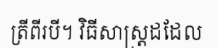
ត្រីពីរបី។ វិធីសាស្ត្រដដែល